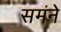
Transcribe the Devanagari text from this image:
समंने